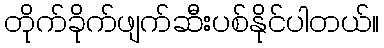
တိုက်ခိုက်ဖျက်ဆီးပစ်နိုင်ပါတယ်။